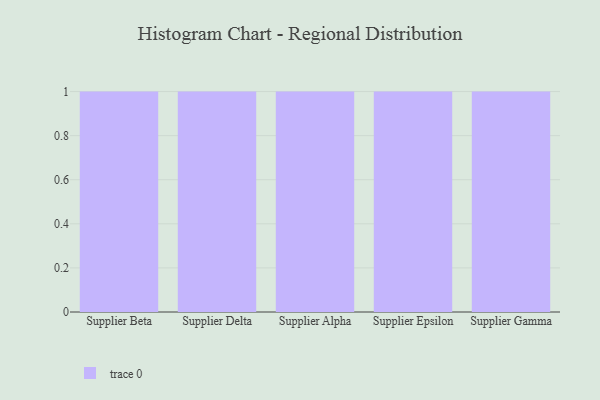
{"axis": {"x": "Supplier", "y": "Bounce Rate (%)"}, "legend": [""], "data": [{"x": "Supplier Beta", "y": 3, "type": ""}, {"x": "Supplier Delta", "y": 67, "type": ""}, {"x": "Supplier Alpha", "y": 2, "type": ""}, {"x": "Supplier Epsilon", "y": 30, "type": ""}, {"x": "Supplier Gamma", "y": 77, "type": ""}]}